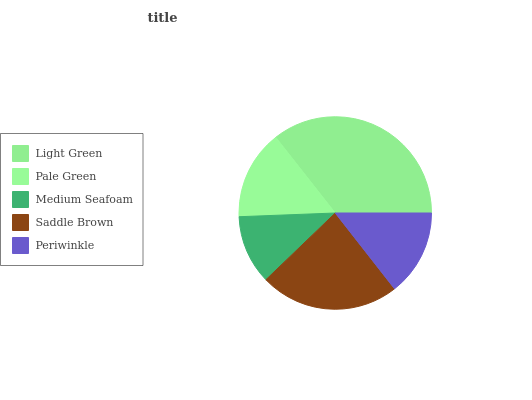
| Light Green | Pale Green | Medium Seafoam | Saddle Brown | Periwinkle |
 | --- | --- | --- | --- | --- |
 | 35.6% | 15% | 11.6% | 23.4% | 14.4% |